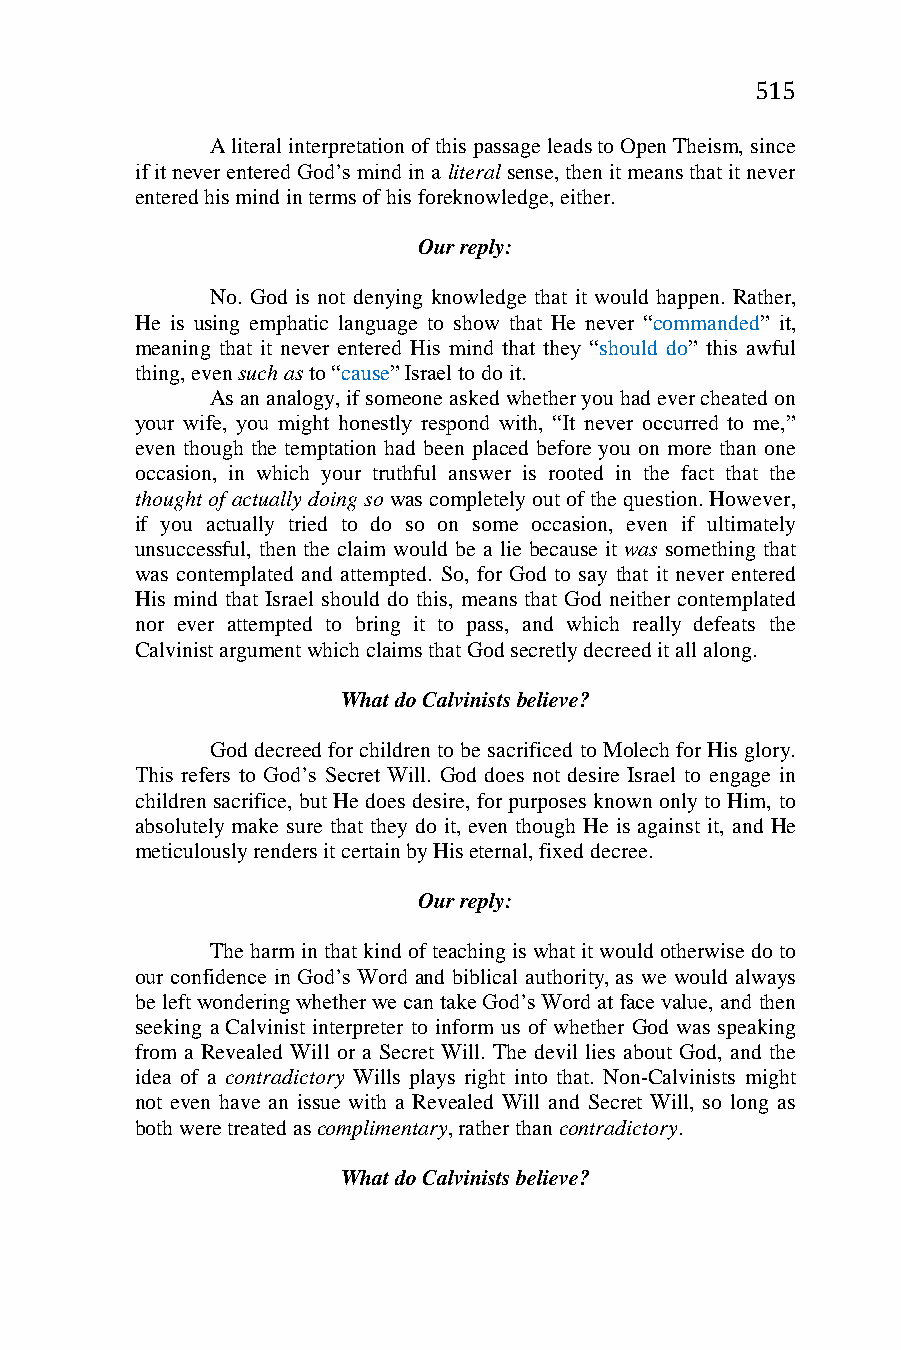
515
 A literal interpretation of this passage leads to Open Theism, since
 if it never entered God’s mind in a literal sense, then it means that it never
 entered his mind in terms of his foreknowledge, either.
 Our reply:
 No. God is not denying knowledge that it would happen. Rather,
 He is using emphatic language to show that He never “commanded” it,
 meaning that it never entered His mind that they “should do” this awful
 thing, even such as to “cause” Israel to do it.
 As an analogy, if someone asked whether you had ever cheated on
 your wife, you might honestly respond with, “It never occurred to me,”
 even though the temptation had been placed before you on more than one
 occasion, in which your truthful answer is rooted in the fact that the
 thought of actually doing so was completely out of the question. However,
 if you actually tried to do so on some occasion, even if ultimately
 unsuccessful, then the claim would be a lie because it was something that
 was contemplated and attempted. So, for God to say that it never entered
 His mind that Israel should do this, means that God neither contemplated
 nor ever attempted to bring it to pass, and which really defeats the
 Calvinist argument which claims that God secretly decreed it all along.
 What do Calvinists believe?
 God decreed for children to be sacrificed to Molech for His glory.
 This refers to God’s Secret Will. God does not desire Israel to engage in
 children sacrifice, but He does desire, for purposes known only to Him, to
 absolutely make sure that they do it, even though He is against it, and He
 meticulously renders it certain by His eternal, fixed decree.
 Our reply:
 The harm in that kind of teaching is what it would otherwise do to
 our confidence in God’s Word and biblical authority, as we would always
 be left wondering whether we can take God’s Word at face value, and then
 seeking a Calvinist interpreter to inform us of whether God was speaking
 from a Revealed Will or a Secret Will. The devil lies about God, and the
 idea of a contradictory Wills plays right into that. Non-Calvinists might
 not even have an issue with a Revealed Will and Secret Will, so long as
 both were treated as complimentary, rather than contradictory.
 What do Calvinists believe?